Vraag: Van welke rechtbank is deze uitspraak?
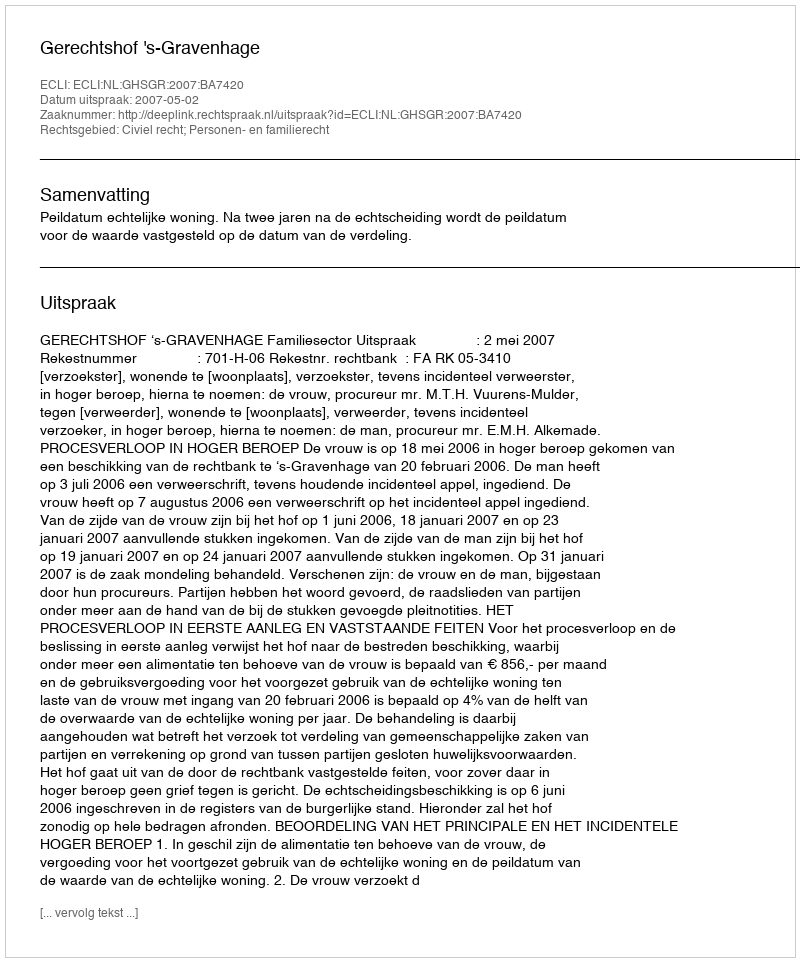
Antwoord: Gerechtshof 's-Gravenhage